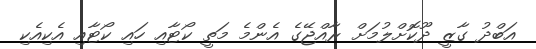
އަބްދު ގާޒީ ދޫކޮށްލުމަށް ރާއްޖޭގެ އެންމެ މަތީ ކޯޓާއި ހައި ކޯޓާއި އެކިއެކި